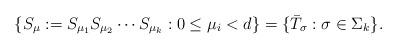
\begin{align*}\{S_\mu:=S_{\mu_1}S_{\mu_2}\cdots S_{\mu_k}: 0\leq\mu_i<d\}=\{\bar T_{\sigma}:\sigma\in \Sigma_k\}.\end{align*}